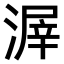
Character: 𣹲